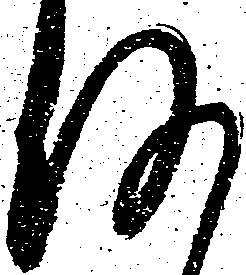
何